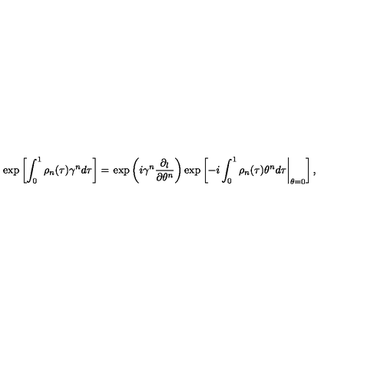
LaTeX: \exp \left[ \int _ { 0 } ^ { 1 } \rho _ { n } ( \tau ) \gamma ^ { n } d \tau \right] = \left. \exp \left( i \gamma ^ { n } \frac { \partial _ { l } } { \partial \theta ^ { n } } \right) \exp \left[ - i \int _ { 0 } ^ { 1 } \rho _ { n } ( \tau ) \theta ^ { n } d \tau \right| _ { \theta = 0 } \right] ,